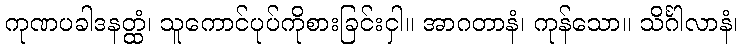
ကုဏပခါဒနတ္ထံ၊ သူကောင်ပုပ်ကိုစားခြင်းငှါ။ အာဂတာနံ၊ ကုန်သော။ သိင်္ဂါလာနံ၊